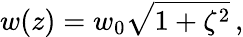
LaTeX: w(z)=w_{0}\sqrt{1+\zeta^{2}}\, ,